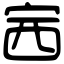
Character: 𡧳